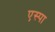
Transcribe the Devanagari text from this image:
एस्पा